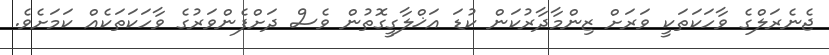
ޖެނެރަލްގެ ވާހަކަތަކީ ވަރަށް ޒިންމާދާރުކަން ކުޑަ އަޚްލާގީގޮތުން ވެސް ދަށްފެންވަރުގެ ވާހަކަތަކެއް ކަމަށެވެ.